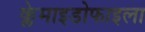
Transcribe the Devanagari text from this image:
क्लेमाइडोफाइला